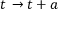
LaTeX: t \, \rightarrow t + a